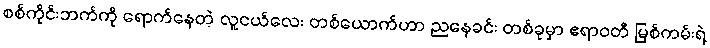
စစ်ကိုင်းဘက်ကို ရောက်နေတဲ့ လူငယ်လေး တစ်ယောက်ဟာ ညနေခင်း တစ်ခုမှာ ဧရာဝတီ မြစ်ကမ်းရဲ့